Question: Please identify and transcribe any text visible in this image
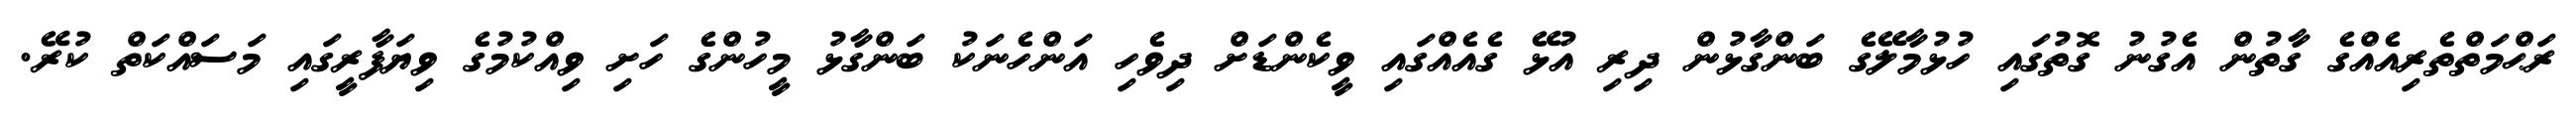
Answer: ރަޙްމަތްތެރިއެއްގެ ގާތުން އެގުނު ގޮތުގައި ހުޅުމާލޭގެ ބަންގާޅުން ދިރި އުޅޭ ގެއެއްގައި ވީކެންޑަށް ދިވެހި އަންހެނަކު ބަންގާޅު މީހުންގެ ހަށި ވިއްކުމުގެ ވިޔަފާރީގައި މަސައްކަތް ކުރޭ.